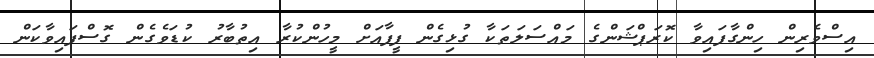
އިސްވެރިން ހިންގާފައިވާ ކޮރަޕްޝަންގެ މައްސަލަތަކާ ގުޅިގެން ފީފާއަށް މީހުންކުރާ އިތުބާރު ކުޑަވެގެން ގޮސްފައިވާކަން